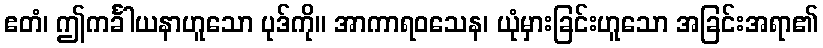
ဧတံ၊ ဤကင်္ခါယနာဟူသော ပုဒ်ကို။ အာကာရဝသေန၊ ယုံမှားခြင်းဟူသော အခြင်းအရာ၏